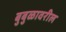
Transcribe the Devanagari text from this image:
बुबुळावरील